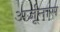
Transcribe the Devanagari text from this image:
अर्जूनास